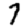
Digit: 7